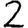
Digit: 2